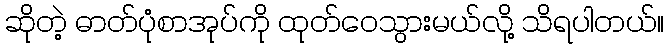
ဆိုတဲ့ ဓာတ်ပုံစာအုပ်ကို ထုတ်ဝေသွားမယ်လို့ သိရပါတယ်။